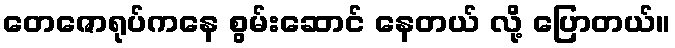
တေဇောရုပ်ကနေ စွမ်းဆောင် နေတယ် လို့ ပြောတယ်။